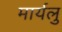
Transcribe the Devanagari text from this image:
मार्यलु